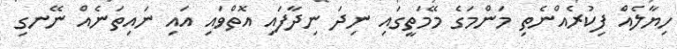
ހިޔާލެއް ފިކުރެއްނެތި މަންމަގެ މޭމަތީގައި ނިދަ ނިދާފައި އޮތްވައި އައި ނައިތަނެއް ނޭނގި